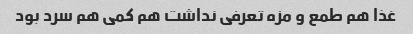
غذا هم طمع و مزه تعرفی نداشت هم کمی هم سرد بود